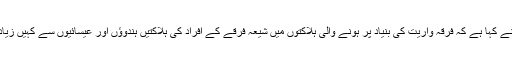
فاطمہ بھٹو نے کہا ہے کہ فرقہ واریت کی بنیاد پر ہونے والی ہلاکتوں میں شیعہ فرقے کے افراد کی ہلاکتیں ہندوؤں اور عیسائیوں سے کہیں زیادہ ہوگئی ہیں۔